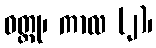
ဝတ္ထု၊ ကာလ (၂)၊